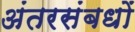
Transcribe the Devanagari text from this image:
अंतरसंबधों